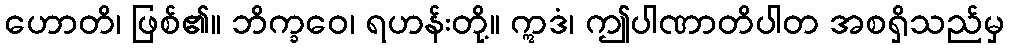
ဟောတိ၊ ဖြစ်၏။ ဘိက္ခဝေ၊ ရဟန်းတို့။ ဣဒံ၊ ဤပါဏာတိပါတ အစရှိသည်မှ